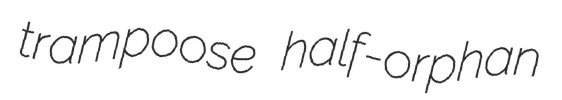
trampoose half-orphan